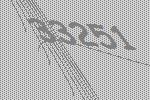
33251